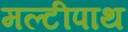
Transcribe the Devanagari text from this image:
मल्टीपाथ